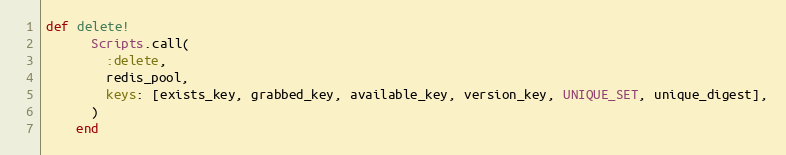
Language: Ruby
def delete!
      Scripts.call(
        :delete,
        redis_pool,
        keys: [exists_key, grabbed_key, available_key, version_key, UNIQUE_SET, unique_digest],
      )
    end